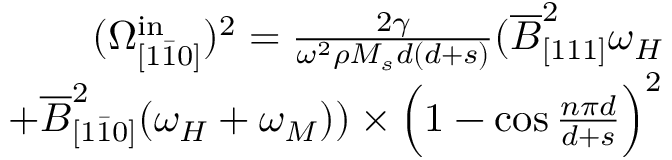
\begin{array} { r } { ( \Omega _ { [ 1 \bar { 1 } 0 ] } ^ { \mathrm { i n } } ) ^ { 2 } = \frac { 2 \gamma } { \omega ^ { 2 } \rho M _ { s } d ( d + s ) } ( \overline { { B } } _ { [ 1 1 1 ] } ^ { 2 } \omega _ { H } } \\ { + \overline { { B } } _ { [ 1 \bar { 1 } 0 ] } ^ { 2 } ( \omega _ { H } + \omega _ { M } ) ) \times \Big ( 1 - \cos { \frac { n \pi d } { d + s } } \Big ) ^ { 2 } } \end{array}